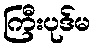
ကြီးပုဒ်မ